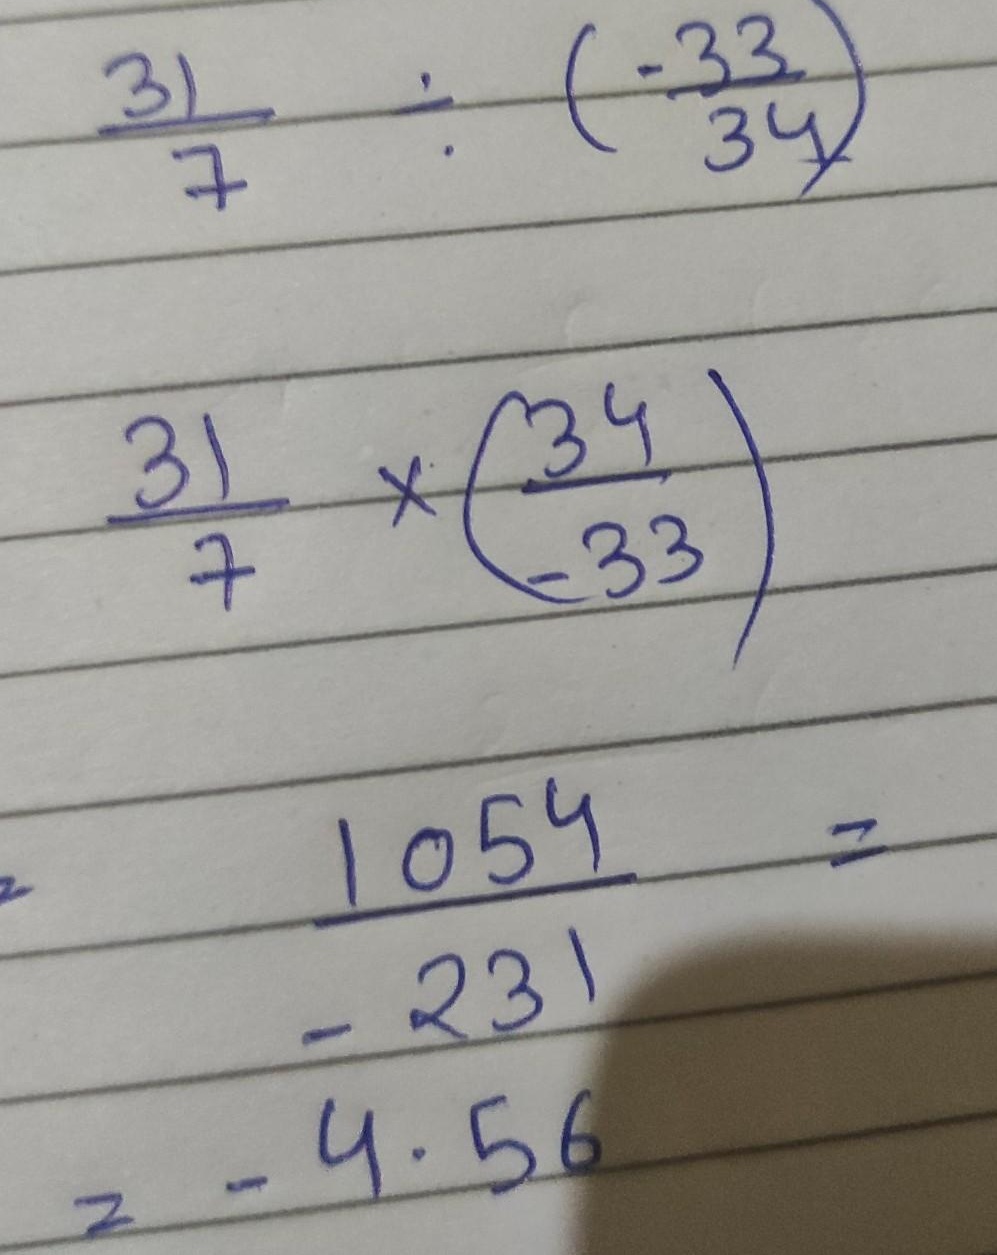
\[
\begin{align*}
&\frac{31}{7}\div\left(-\frac{33}{34}\right)\\
=&\frac{31}{7}\times\left(-\frac{34}{33}\right)\\
=&\frac{- 1054}{231}\\
\approx& - 4.56
\end{align*}
\]
主要修改点在于将\(\frac{31}{7}\times\left(\frac{34}{-33}\right)\)改为\(\frac{31}{7}\times\left(-\frac{34}{33}\right)\)，使符号位置更符合常规表达；将\(\frac{1054}{-231}\)改为\(\frac{- 1054}{231}\) ，同样是优化分数中负号的表达形式。